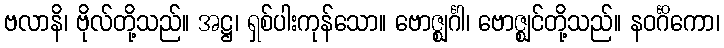
ဗလာနိ၊ ဗိုလ်တို့သည်။ အဋ္ဌ၊ ရှစ်ပါးကုန်သော။ ဗောဇ္ဈင်္ဂါ၊ ဗောဇ္ဈင်တို့သည်။ နဝင်္ဂိကော၊